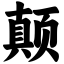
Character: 颠